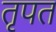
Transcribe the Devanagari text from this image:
तृपत